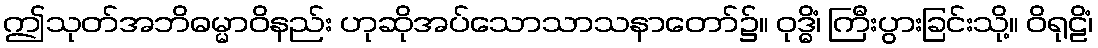
ဤသုတ်အဘိဓမ္မာဝိနည်း ဟုဆိုအပ်သောသာသနာတော်၌။ ဝုဒ္ဓိံ၊ ကြီးပွားခြင်းသို့။ ဝိရုဠိံ၊